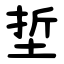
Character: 埑